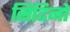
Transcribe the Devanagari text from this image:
सिटिनो